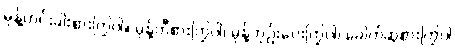
မုန့်ဟင်းခါးစားကြွပါ။ မုန့်တီစားကြွပါ၊ မုန့်ဘုဉ်းပေးကြွပါ၊ ခေါက်ဆွဲစားကြွပါ